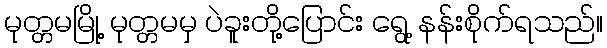
မုတ္တမမြို့ မုတ္တမမှ ပဲခူးတို့ပြောင်း ရွေ့ နန်းစိုက်ရသည်။